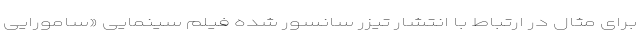
برای مثال در ارتباط با انتشار تیزر سانسور شده فیلم سینمایی «سامورایی